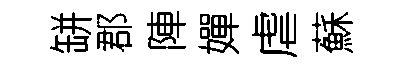
缾郡陣嬋虐蘇